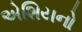
એશિયનો